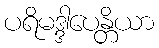
ပရိမဒ္ဒါပေန္တိယာ